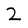
Character: 2